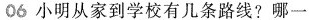
06小明从家到学校有几条路线?哪一